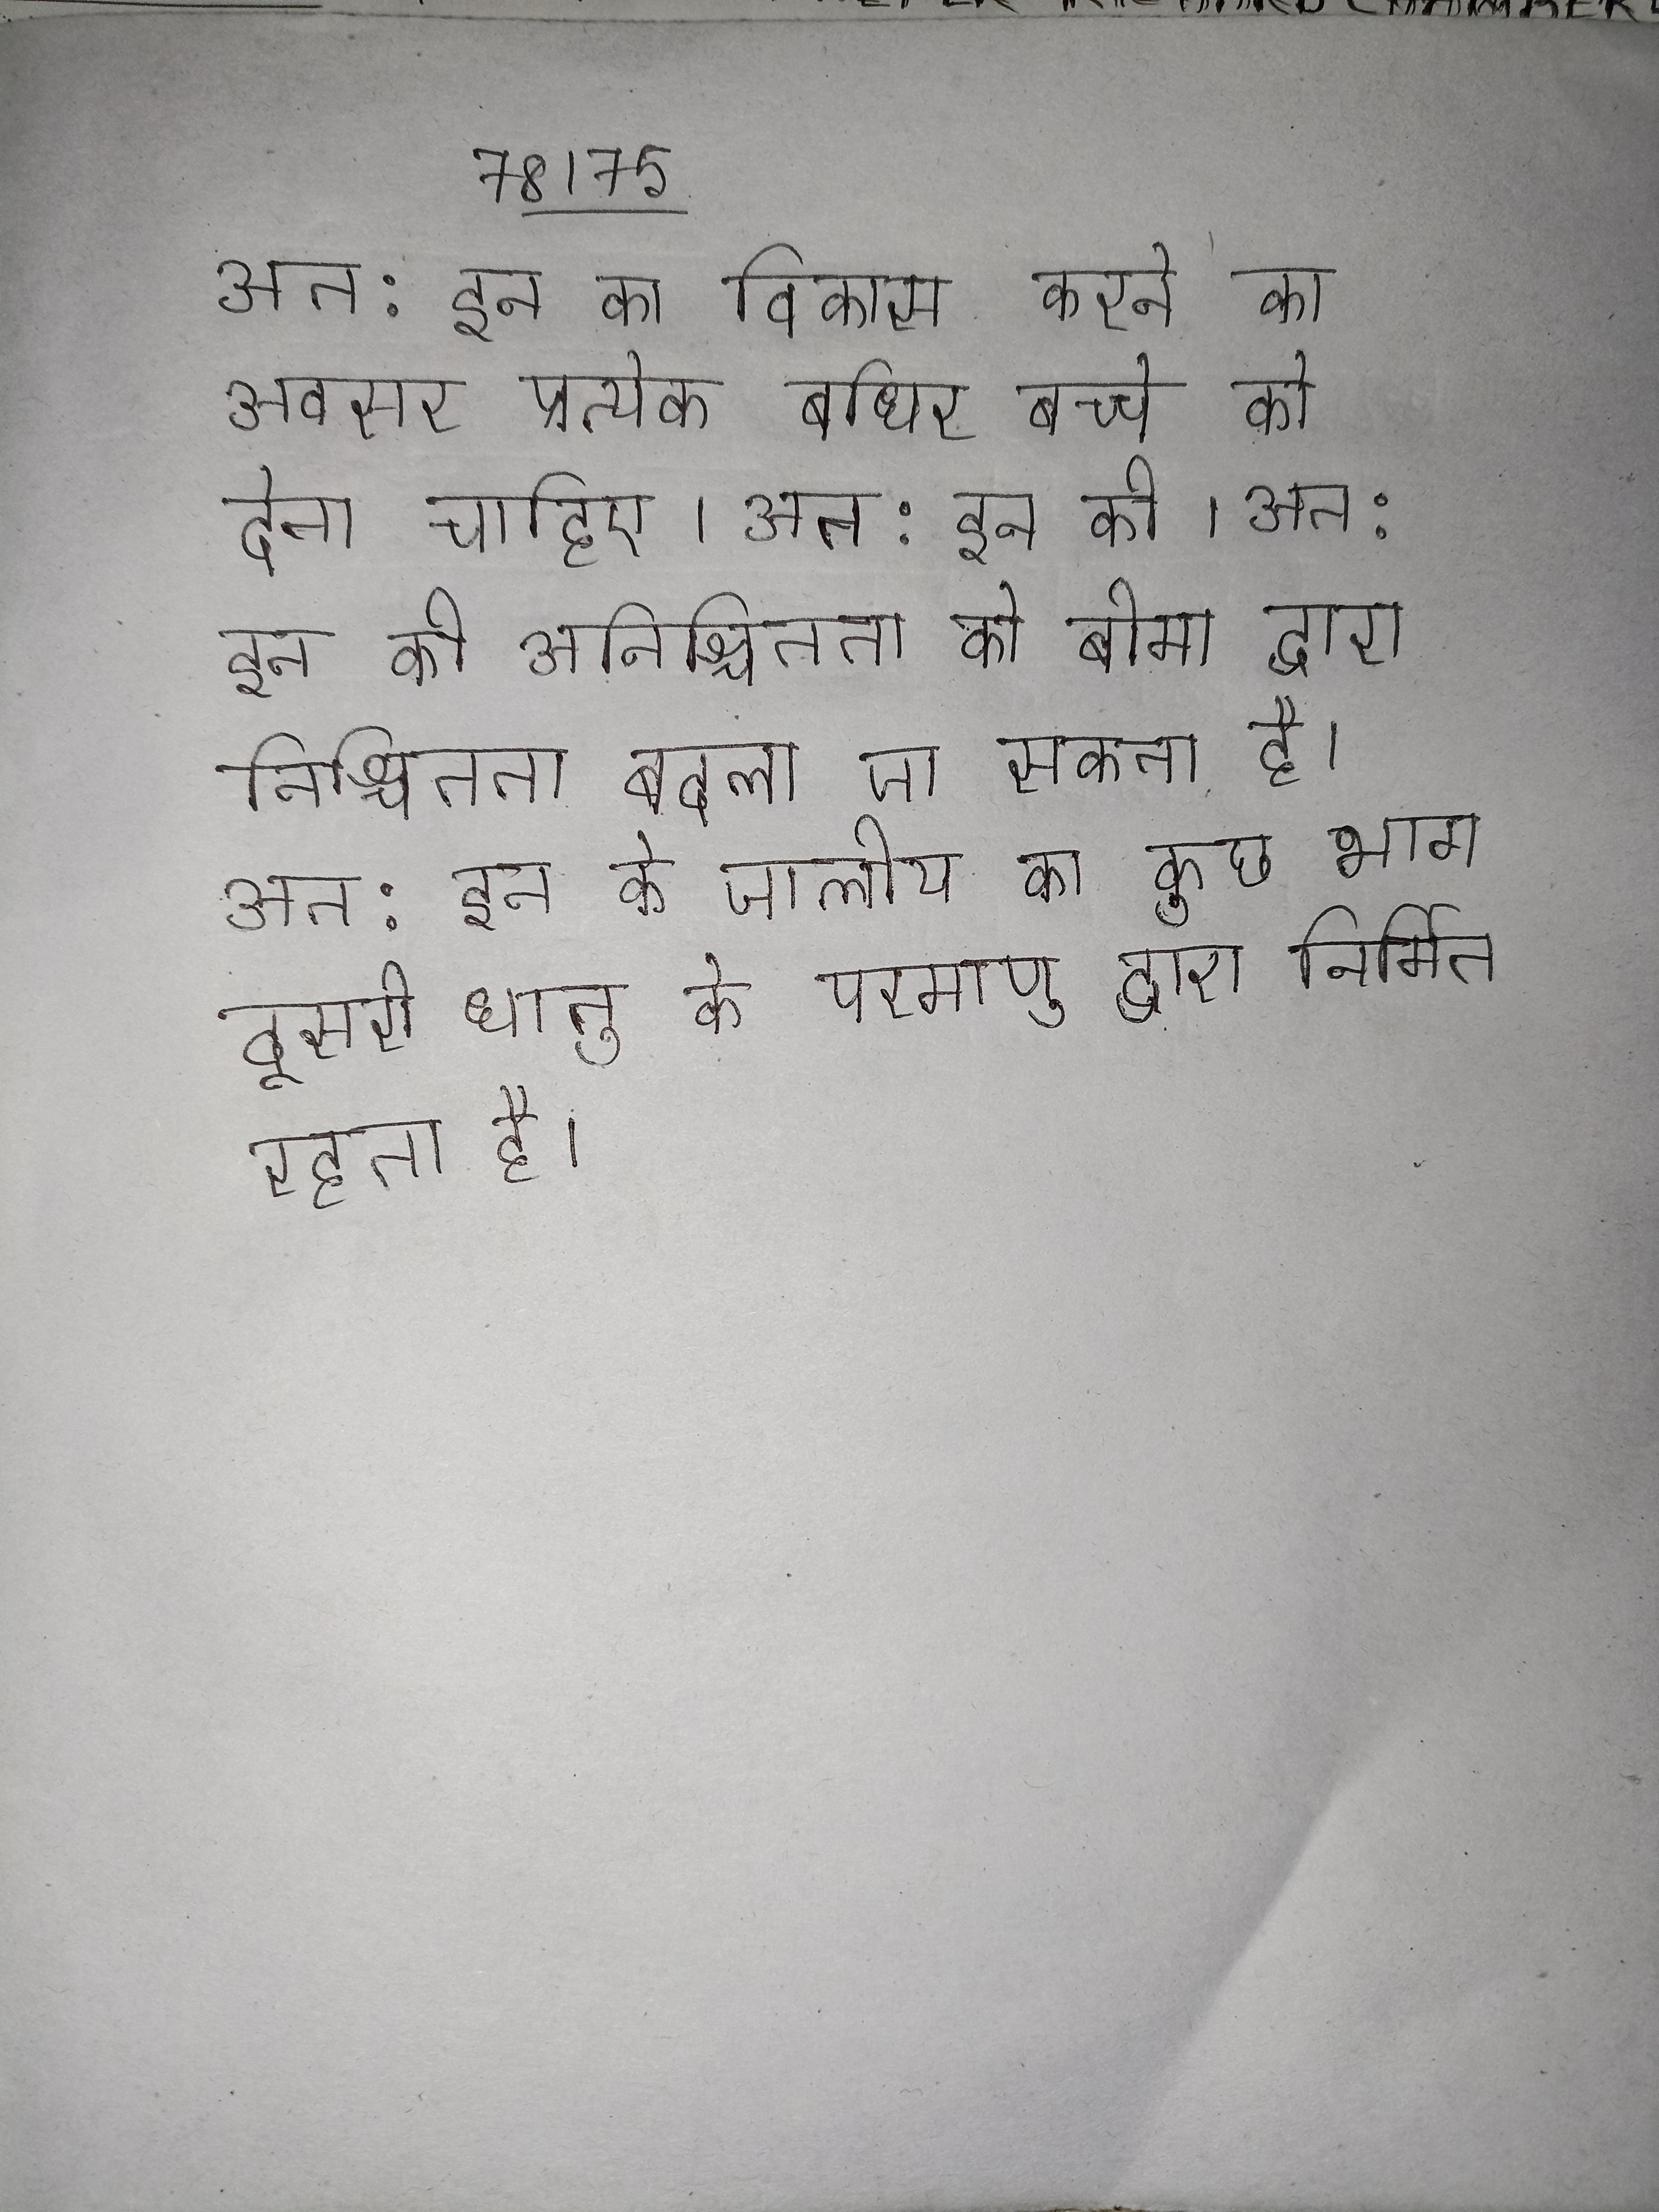
की सरकार ने इजरायल के सभी के एक डाटाबेस के निर्माण के लिए बिल का प्रस्ताव किया है । की का घोषणापत्र एक दस्तावेज है के राज्य (देश) की स्थापना की घोषणा की गई थी । के अरब नागरिक अनिवार्य फिलिस्तीन के उन अरब जो के युद्ध और राज्य की स्थापना के बाद इजरायल की के भीतर बने रहे ।